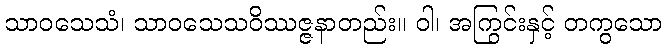
သာဝသေသံ၊ သာဝသေသဝိဿဇ္ဇနာတည်း။ ဝါ၊ အကြွင်းနှင့် တကွသော